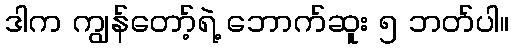
ဒါက ကျွန်တော့်ရဲ့ ဘောက်ဆူး ၅ ဘတ်ပါ။